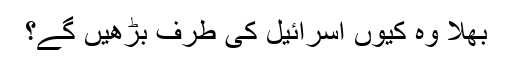
بھلا وہ کیوں اسرائیل کی طرف بڑھیں گے؟